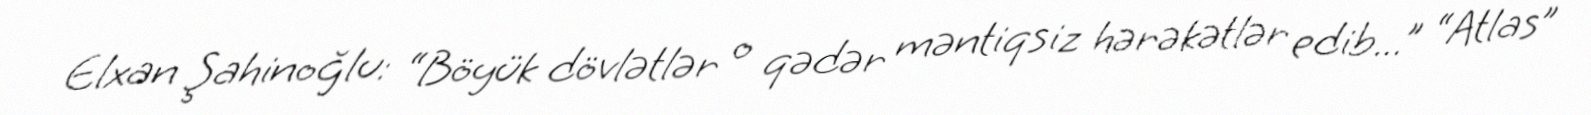
Elxan Şahinoğlu: “Böyük dövlətlər o qədər məntiqsiz hərəkətlər edib...” “Atlas”